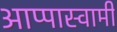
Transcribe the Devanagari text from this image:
आप्पास्वामीं